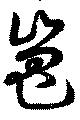
嵬